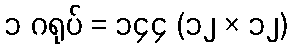
၁ ဂရုပ် = ၁၄၄ (၁၂ × ၁၂)